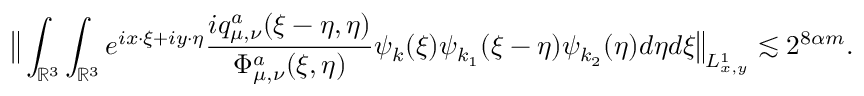
\big \| \int _ { \mathbb { R } ^ { 3 } } \int _ { \mathbb { R } ^ { 3 } } e ^ { i x \cdot \xi + i y \cdot \eta } \frac { i q _ { \mu , \nu } ^ { a } ( \xi - \eta , \eta ) } { \Phi _ { \mu , \nu } ^ { a } ( \xi , \eta ) } \psi _ { k } ( \xi ) \psi _ { k _ { 1 } } ( \xi - \eta ) \psi _ { k _ { 2 } } ( \eta ) d \eta d \xi \big \| _ { L _ { x , y } ^ { 1 } } \lesssim 2 ^ { 8 \alpha m } .